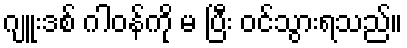
ဂျူးဒစ် ဂါဝန်ကို မ ပြီး ဝင်သွားရသည်။